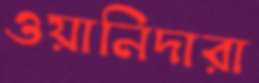
ওয়ানিদারা